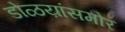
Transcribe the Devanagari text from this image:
डोळय़ांसमोर